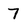
Character: 7